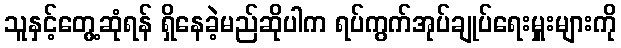
သူနှင့်တွေ့ဆုံရန် ရှိနေခဲ့မည်ဆိုပါက ရပ်ကွက်အုပ်ချုပ်ရေးမှူးများကို